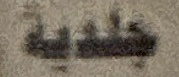
جلدیة